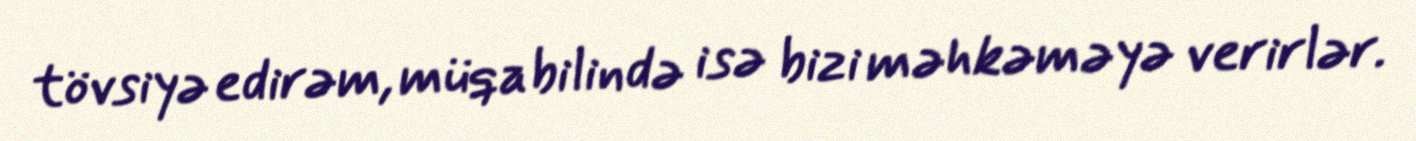
tövsiyə edirəm, müqabilində isə bizi məhkəməyə verirlər.